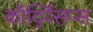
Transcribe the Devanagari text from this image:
कॉर्द्य्सिप्स